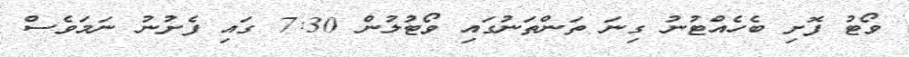
ވޯޓު ފޮށި ބެހެއްޓުނު ގިނަ ތަންތަނުގައި ވޯޓުލުން 7:30 ގައި ފެށުނު ނަމަވެސް